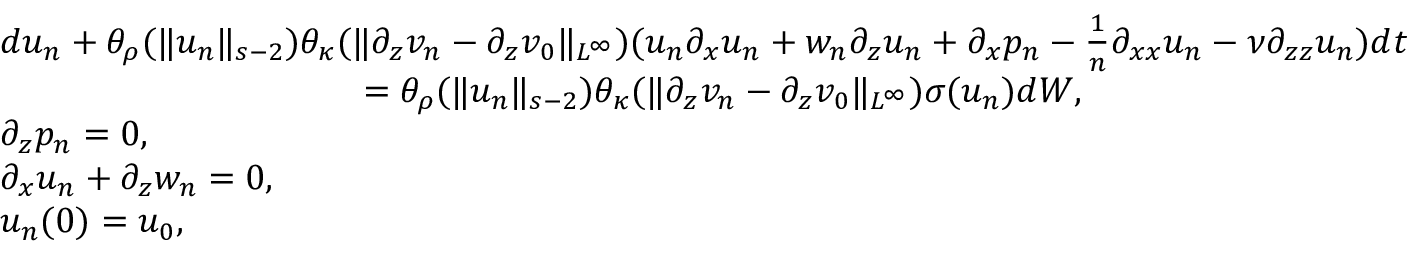
\begin{array} { r l } & { d u _ { n } + \theta _ { \rho } ( \| u _ { n } \| _ { s - 2 } ) \theta _ { \kappa } ( \| \partial _ { z } v _ { n } - \partial _ { z } v _ { 0 } \| _ { L ^ { \infty } } ) ( u _ { n } \partial _ { x } u _ { n } + w _ { n } \partial _ { z } u _ { n } + \partial _ { x } p _ { n } - \frac 1 n \partial _ { x x } u _ { n } - \nu \partial _ { z z } u _ { n } ) d t } \\ & { \qquad \qquad \qquad \qquad \qquad = \theta _ { \rho } ( \| u _ { n } \| _ { s - 2 } ) \theta _ { \kappa } ( \| \partial _ { z } v _ { n } - \partial _ { z } v _ { 0 } \| _ { L ^ { \infty } } ) \sigma ( u _ { n } ) d W , } \\ & { \partial _ { z } p _ { n } = 0 , } \\ & { \partial _ { x } u _ { n } + \partial _ { z } w _ { n } = 0 , } \\ & { u _ { n } ( 0 ) = u _ { 0 } , } \end{array}